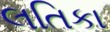
લતિકા